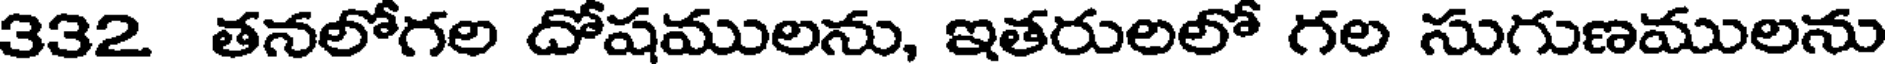
332 తనలోగల దోషములను, ఇతరులలో గల సుగుణములను